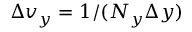
\Delta v _ { y } = 1 / ( N _ { y } \Delta y )